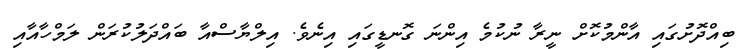
ބިއްދޮށުގައި އާންމުކޮށް ނީރާ ނުކުމެ އިންނަ ގޮނޑީގައި އިނެވެ. އިލްޔާސްއާ ބައްދަލުކުރަން ލަމްހާއާއި